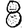
Digit: 8